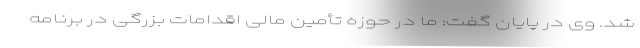
شد. وی در پایان گفت: ما در حوزه تأمین مالی اقدامات بزرگی در برنامه